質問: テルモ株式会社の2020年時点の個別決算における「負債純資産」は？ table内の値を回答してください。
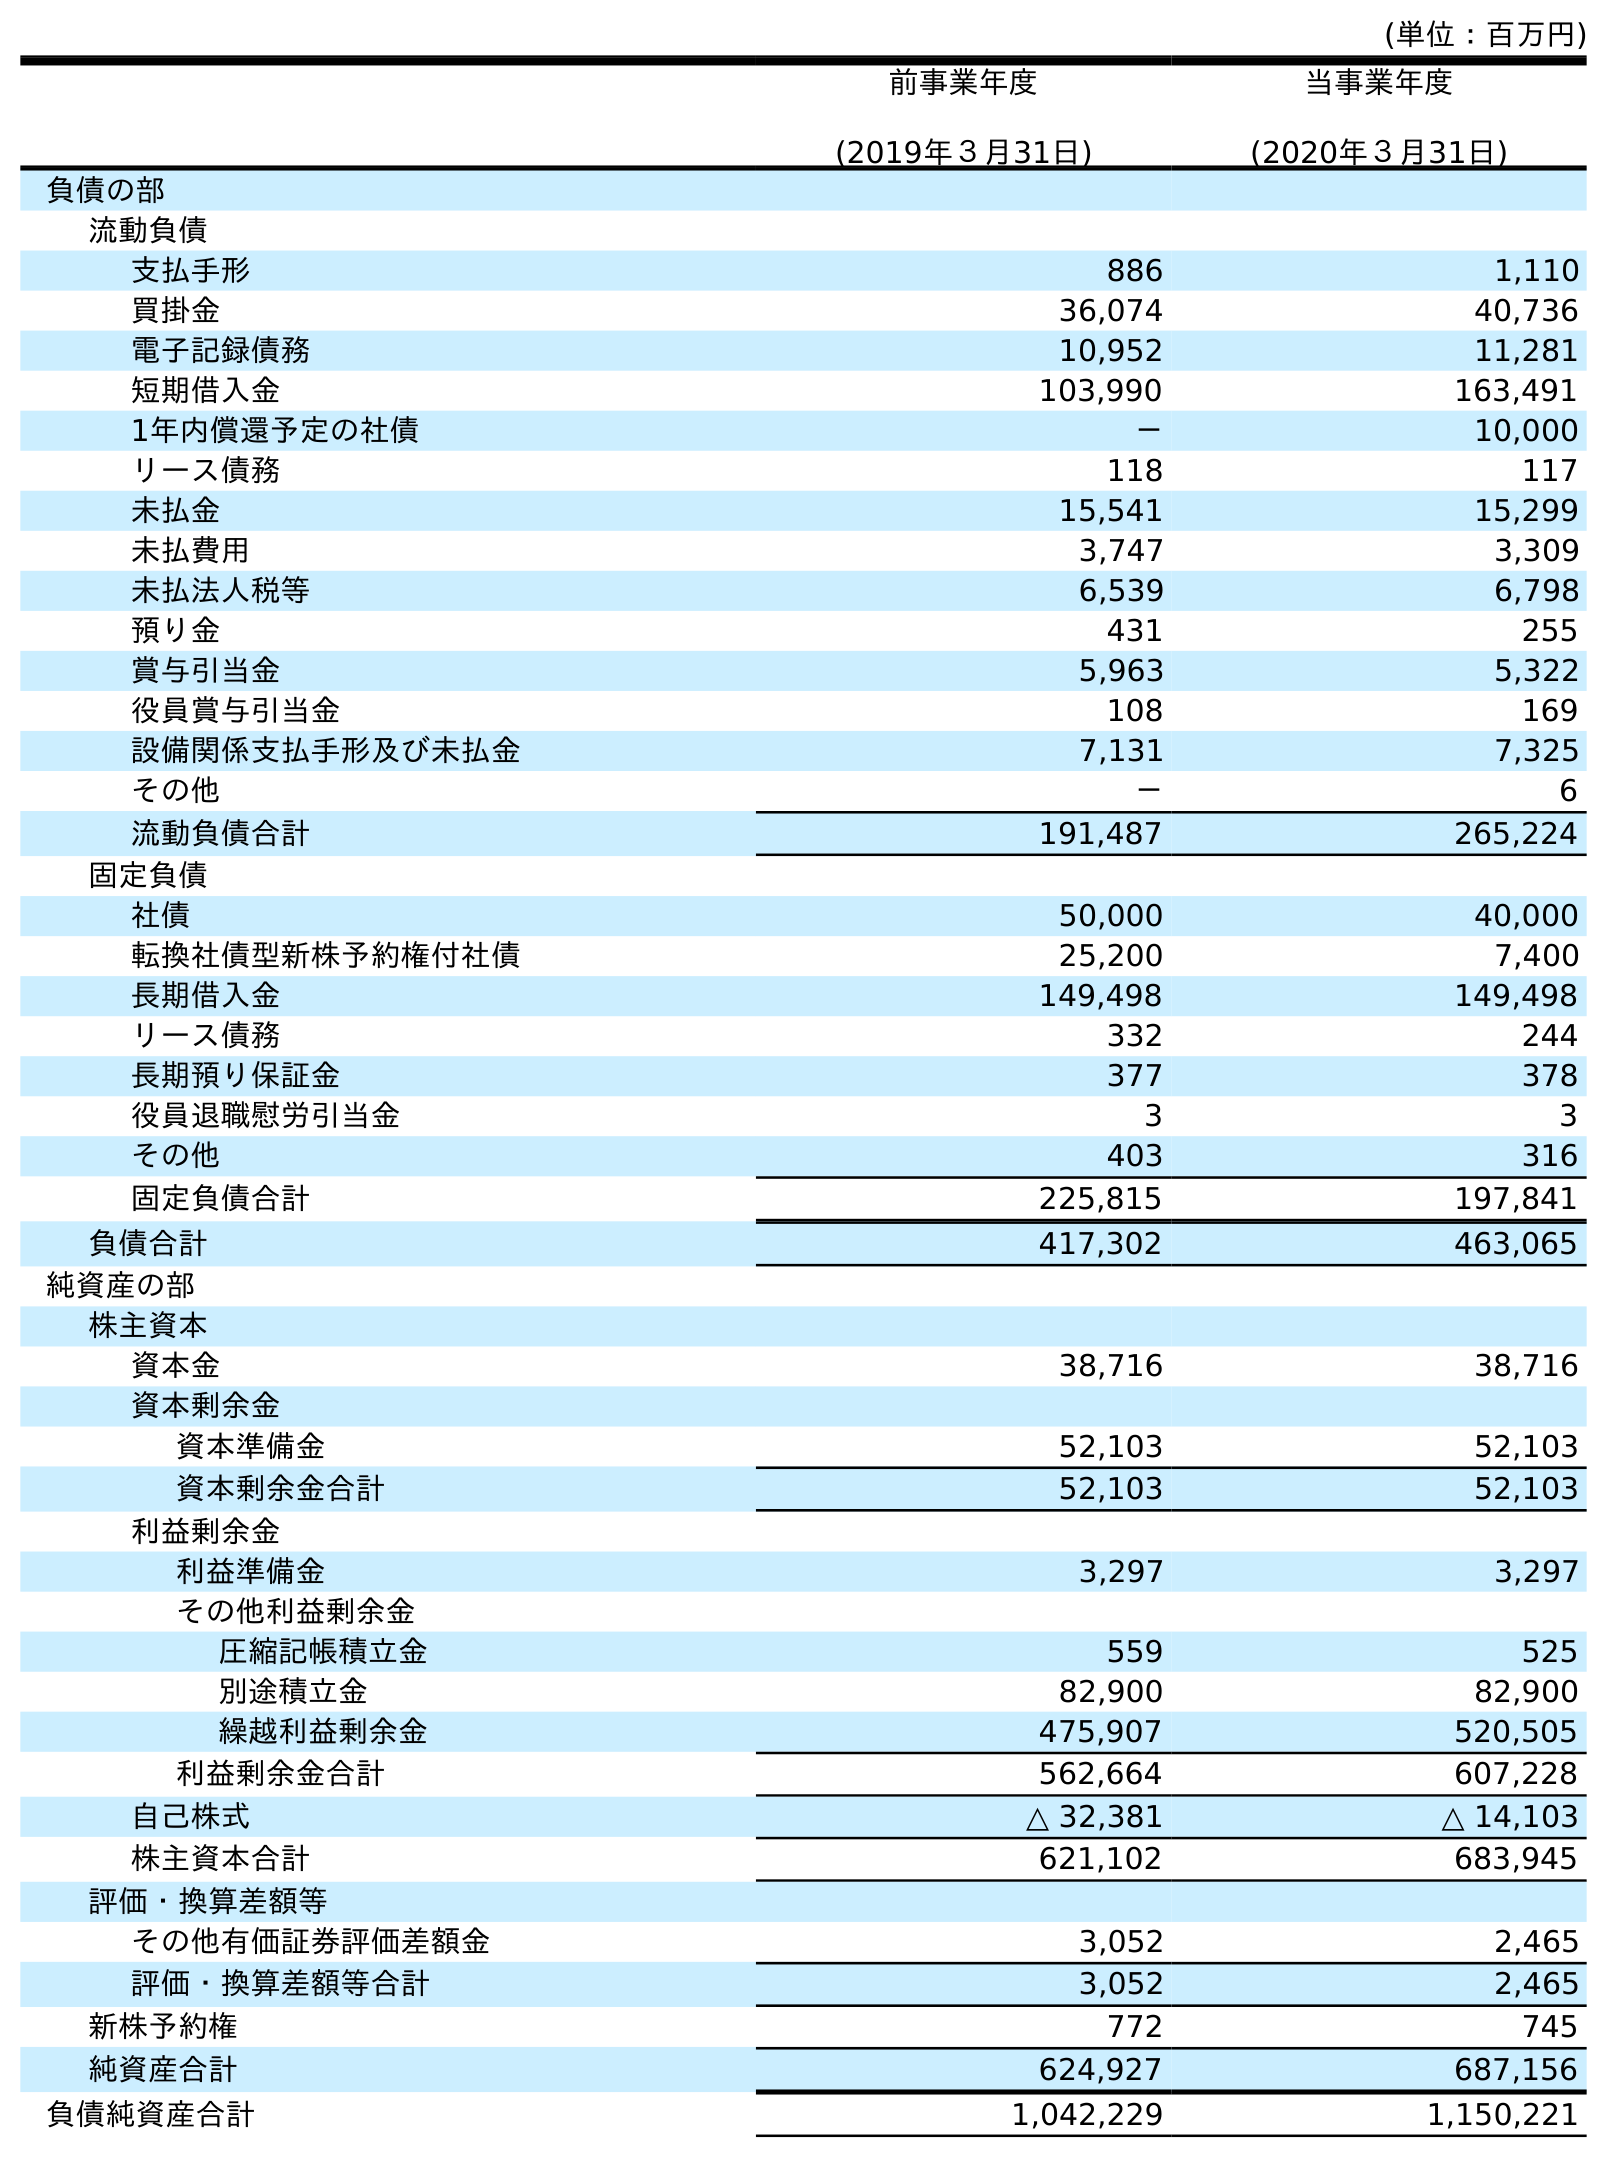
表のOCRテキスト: (単位：百万円) 前事業年度 (2019年３月31日) 当事業年度 (2020年３月31日) 負債の部 流動負債 支払手形 886 1,110 買掛金 36,074 40,736 電子記録債務 10,952 11,281 短期借入金 103,990 163,491 1年内償還予定の社債 － 10,000 リース債務 118 117 未払金 15,541 15,299 未払費用 3,747 3,309 未払法人税等 6,539 6,798 預り金 431 255 賞与引当金 5,963 5,322 役員賞与引当金 108 169 設備関係支払手形及び未払金 7,131 7,325 その他 － 6 流動負債合計 191,487 265,224 固定負債 社債 50,000 40,000 転換社債型新株予約権付社債 25,200 7,400 長期借入金 149,498 149,498 リース債務 332 244 長期預り保証金 377 378 役員退職慰労引当金 3 3 その他 403 316 固定負債合計 225,815 197,841 負債合計 417,302 463,065 純資産の部 株主資本 資本金 38,716 38,716 資本剰余金 資本準備金 52,103 52,103 資本剰余金合計 52,103 52,103 利益剰余金 利益準備金 3,297 3,297 その他利益剰余金 圧縮記帳積立金 559 525 別途積立金 82,900 82,900 繰越利益剰余金 475,907 520,505 利益剰余金合計 562,664 607,228 自己株式 △ 32,381 △ 14,103 株主資本合計 621,102 683,945 評価・換算差額等 その他有価証券評価差額金 3,052 2,465 評価・換算差額等合計 3,052 2,465 新株予約権 772 745 純資産合計 624,927 687,156 負債純資産合計 1,042,229 1,150,221
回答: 1,150,221